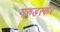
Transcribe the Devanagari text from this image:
गरुडस्वार